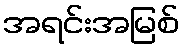
အရင်းအမြစ်